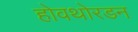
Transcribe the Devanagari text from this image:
होवथोरडन